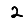
Digit: 2